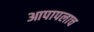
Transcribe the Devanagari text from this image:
आपापलाच